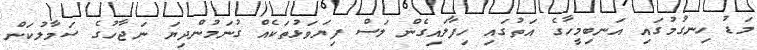
މަޑު ހިނގުމުގައި އަނބިމީހާގެ އަތުގައި ހިފާލައިގެން ލަސް ފިޔަވަޅުތަކެއް ގުނަމުންދިޔަ ނަޖާހުގެ ސަމާލުކަން